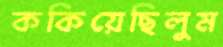
ককিয়েছিলুম